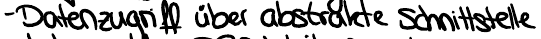
- Datenzugriff über abstrakte Schnittstelle